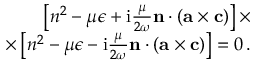
\begin{array} { r } { \left[ n ^ { 2 } - \mu \epsilon + \mathrm { i } \frac { \mu } { 2 \omega } \mathbf { n } \cdot ( \mathbf { a } \times \mathbf { c } ) \right] \times } \\ { \times \left[ n ^ { 2 } - \mu \epsilon - \mathrm { i } \frac { \mu } { 2 \omega } \mathbf { n } \cdot ( \mathbf { a } \times \mathbf { c } ) \right] = 0 \, . } \end{array}